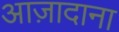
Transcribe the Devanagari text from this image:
आज़ादाना